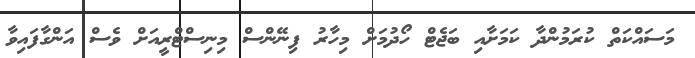
މަސައްކަތް ކުރަމުންދާ ކަމަށާއި ބަޖެޓް ހޯދުމަށް މިހާރު ފިނޭންސް މިނިސްޓްރީއަށް ވެސް އަންގާފައިވާ